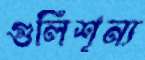
গুলিশূন্য